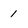
Character: 1